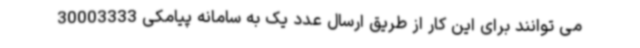
می توانند برای این کار از طریق ارسال عدد یک به سامانه پیامکی 30003333